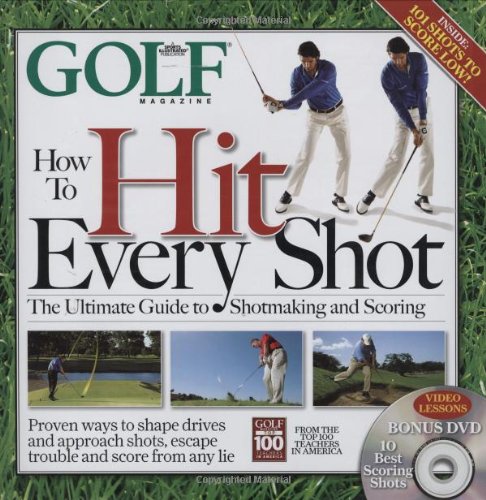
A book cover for GOLF MAGAZINE How To Hit Every Shot; Editors of Golf Magazine; Literature & Fiction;